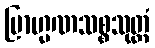
ဗြာဟ္မဏသစ္စသုတ္တံ